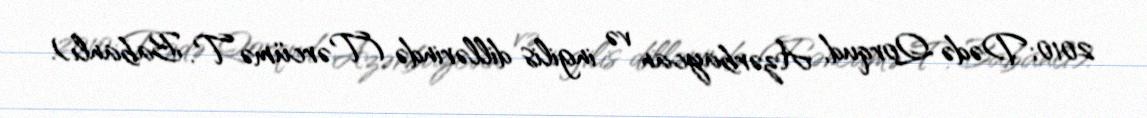
2010; Dədə Qorqud, Azərbaycan və ingilis dillərində (Tərcümə T. Babanlı).